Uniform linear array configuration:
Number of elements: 16
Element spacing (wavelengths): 0.5
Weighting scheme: exponential
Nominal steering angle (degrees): -45
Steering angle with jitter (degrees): -43.828
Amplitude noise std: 0.05
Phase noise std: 0.05

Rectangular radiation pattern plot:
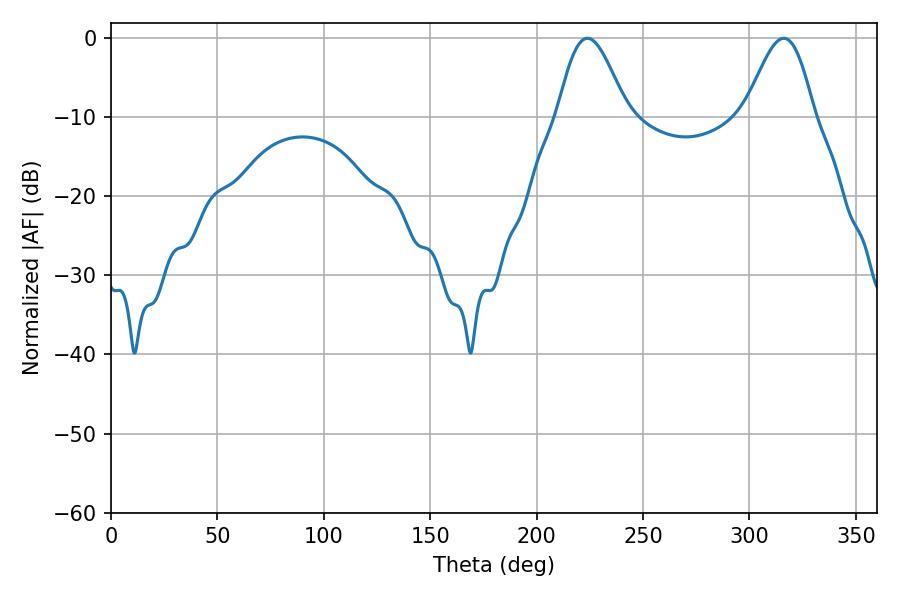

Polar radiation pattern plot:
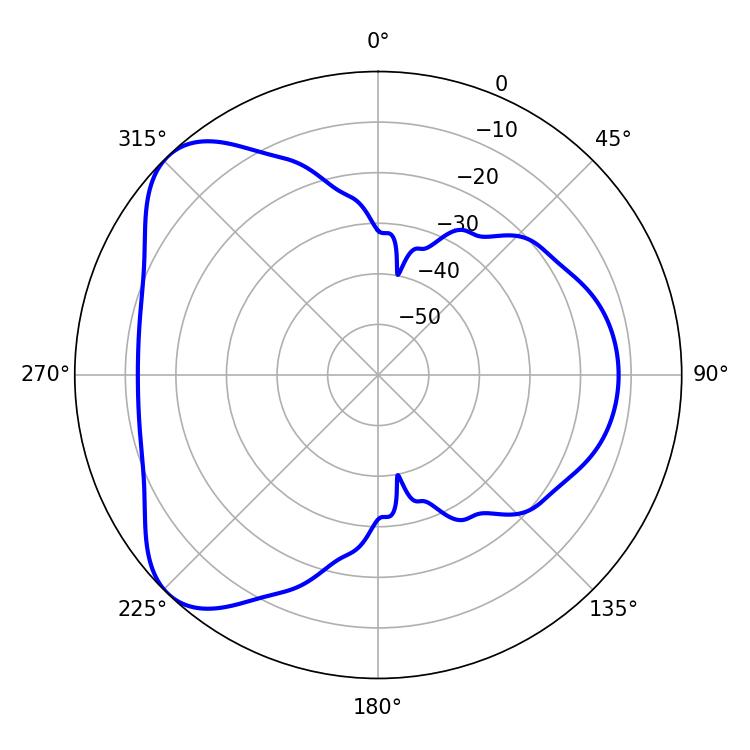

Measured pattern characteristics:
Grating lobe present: FALSE
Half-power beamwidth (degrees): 17.28
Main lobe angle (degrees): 223.92